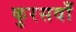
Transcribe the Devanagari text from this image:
कुरसवाँ